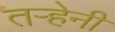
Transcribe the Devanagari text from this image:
तऱ्हेनी